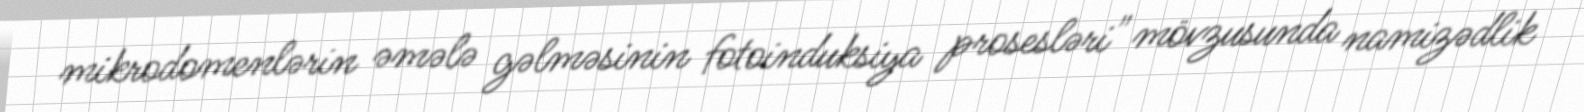
mikrodomenlərin əmələ gəlməsinin fotoinduksiya prosesləri" mövzusunda namizədlik